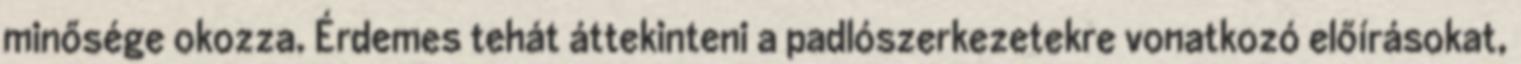
minősége okozza. Érdemes tehát áttekinteni a padlószerkezetekre vonatkozó előírásokat,